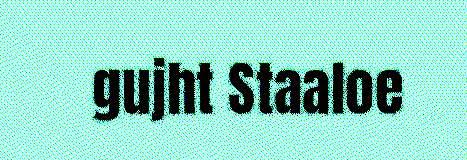
gujht Staaloe